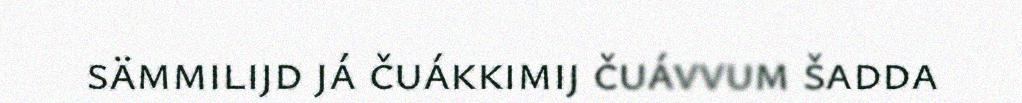
sämmilijd já čuákkimij čuávvum šadda